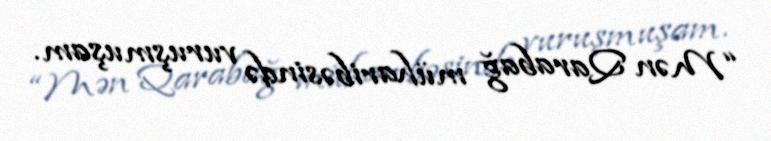
“Mən Qarabağ müharibəsində vuruşmuşam.